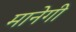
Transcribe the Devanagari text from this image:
मानेगी